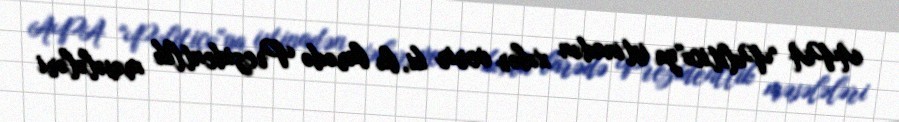
APA "Politico"ya istinadən xəbər verir ki, bu barədə Prezidentlik məsələləri